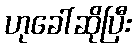
ဟုခေါ်ဆိုပြီး